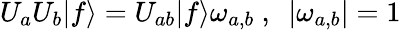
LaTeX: U_{a}U_{b}|f\rangle=U_{ab}|f\rangle\omega_{a,b}~,~~|\omega_{a,b}|=1~